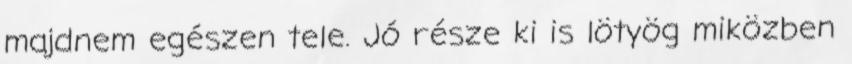
majdnem egészen tele. Jó része ki is lötyög miközben